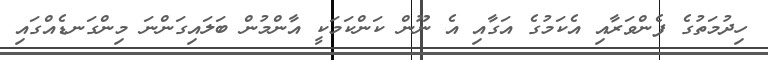
ހިދުމަތުގެ ފެންވަރާއި އެކަމުގެ އަގާއި އެ ނޫން ކަންކަމަކީ އާންމުން ބަލައިގަންނަ މިންގަނޑެއްގައި